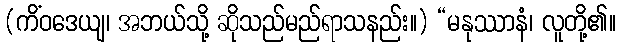
(ကိံဝဒေယျ၊ အဘယ်သို့ ဆိုသည်မည်ရာသနည်း။) “မနုဿာနံ၊ လူတို့၏။